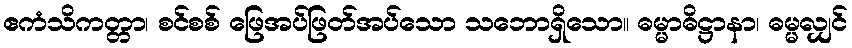
ဧကံသိကတ္တာ၊ စင်စစ် ဖြေအပ်ဖြတ်အပ်သော သဘောရှိသော။ ဓမ္မာဓိဋ္ဌာနာ၊ ဓမ္မလျှင်